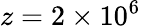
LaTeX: z=2\times 10^{6}